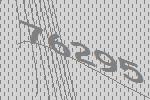
76295